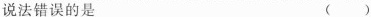
说法错误的是 ( )